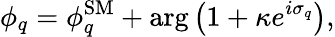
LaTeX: \phi_{q}=\phi_{q}^{\mathrm{SM}}+\arg\left(1+\kappa e^{i\sigma_{q}}\right),